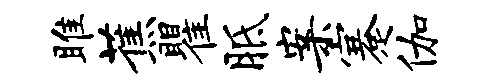
雎蕉瞿胝案蹇伽